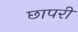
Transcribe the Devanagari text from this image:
छापरी